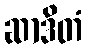
ဆာဒိတံ